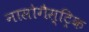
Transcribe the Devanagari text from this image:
नासोगैस्ट्रिक